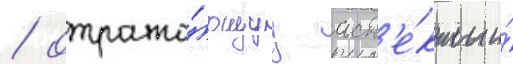
/ отража́ющуу асп'е́кты и́